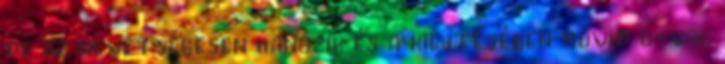
de az nevetségesen hangzik és a kiejtésében rövid o-val